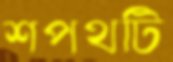
শপথটি